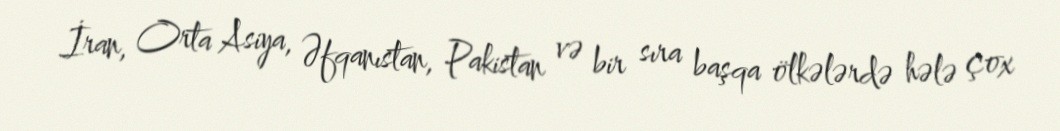
İran, Orta Asiya, Əfqanıstan, Pakistan və bir sıra başqa ölkələrdə hələ çox